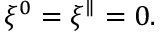
\xi ^ { 0 } = \xi ^ { \parallel } = 0 .